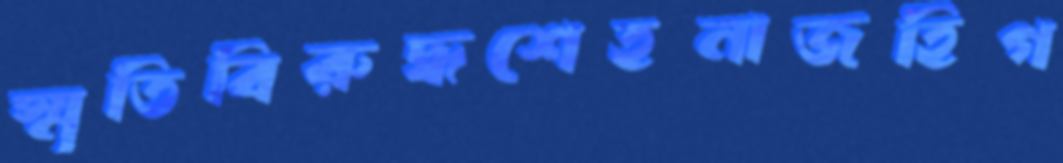
স্মৃতিবিরুদ্ধশেহনাজহিগ